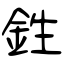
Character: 鉎